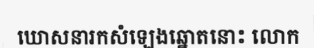
ឃោសនារកសំឡេងឆ្នោតនោះ លោក